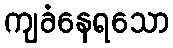
ကျခံနေရသော